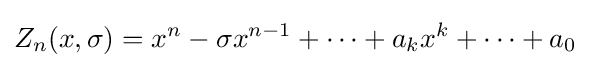
Z_{n}(x,\sigma )=x^{n}-\sigma x^{n-1}+\cdots +a_{k}x^{k}+\cdots +a_{0}\